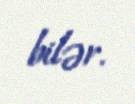
bilər.